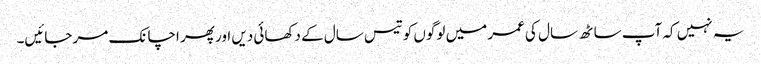
یہ نہیں کہ آپ ساٹھ سال کی عمر میں لوگوں کو تیس سال کے دکھائی دیں اور پھر اچانک مر جائیں۔